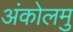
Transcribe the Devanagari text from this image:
अंकोलमु